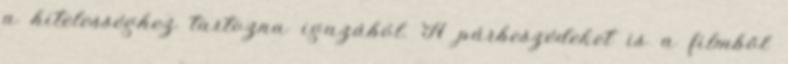
a hitelességhez tartozna igazából. A párbeszédeket is a filmből